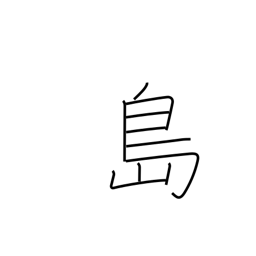
Meaning: island